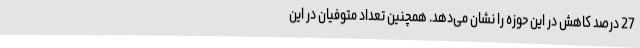
27 درصد کاهش در این حوزه را نشان می‌دهد. همچنین تعداد متوفیان در این